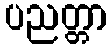
ပညတ္တာ